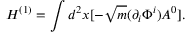
H ^ { ( 1 ) } = \int d ^ { 2 } x [ - \sqrt { m } ( \partial _ { i } \Phi ^ { i } ) A ^ { 0 } ] .